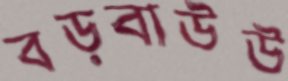
বড়বাউউ